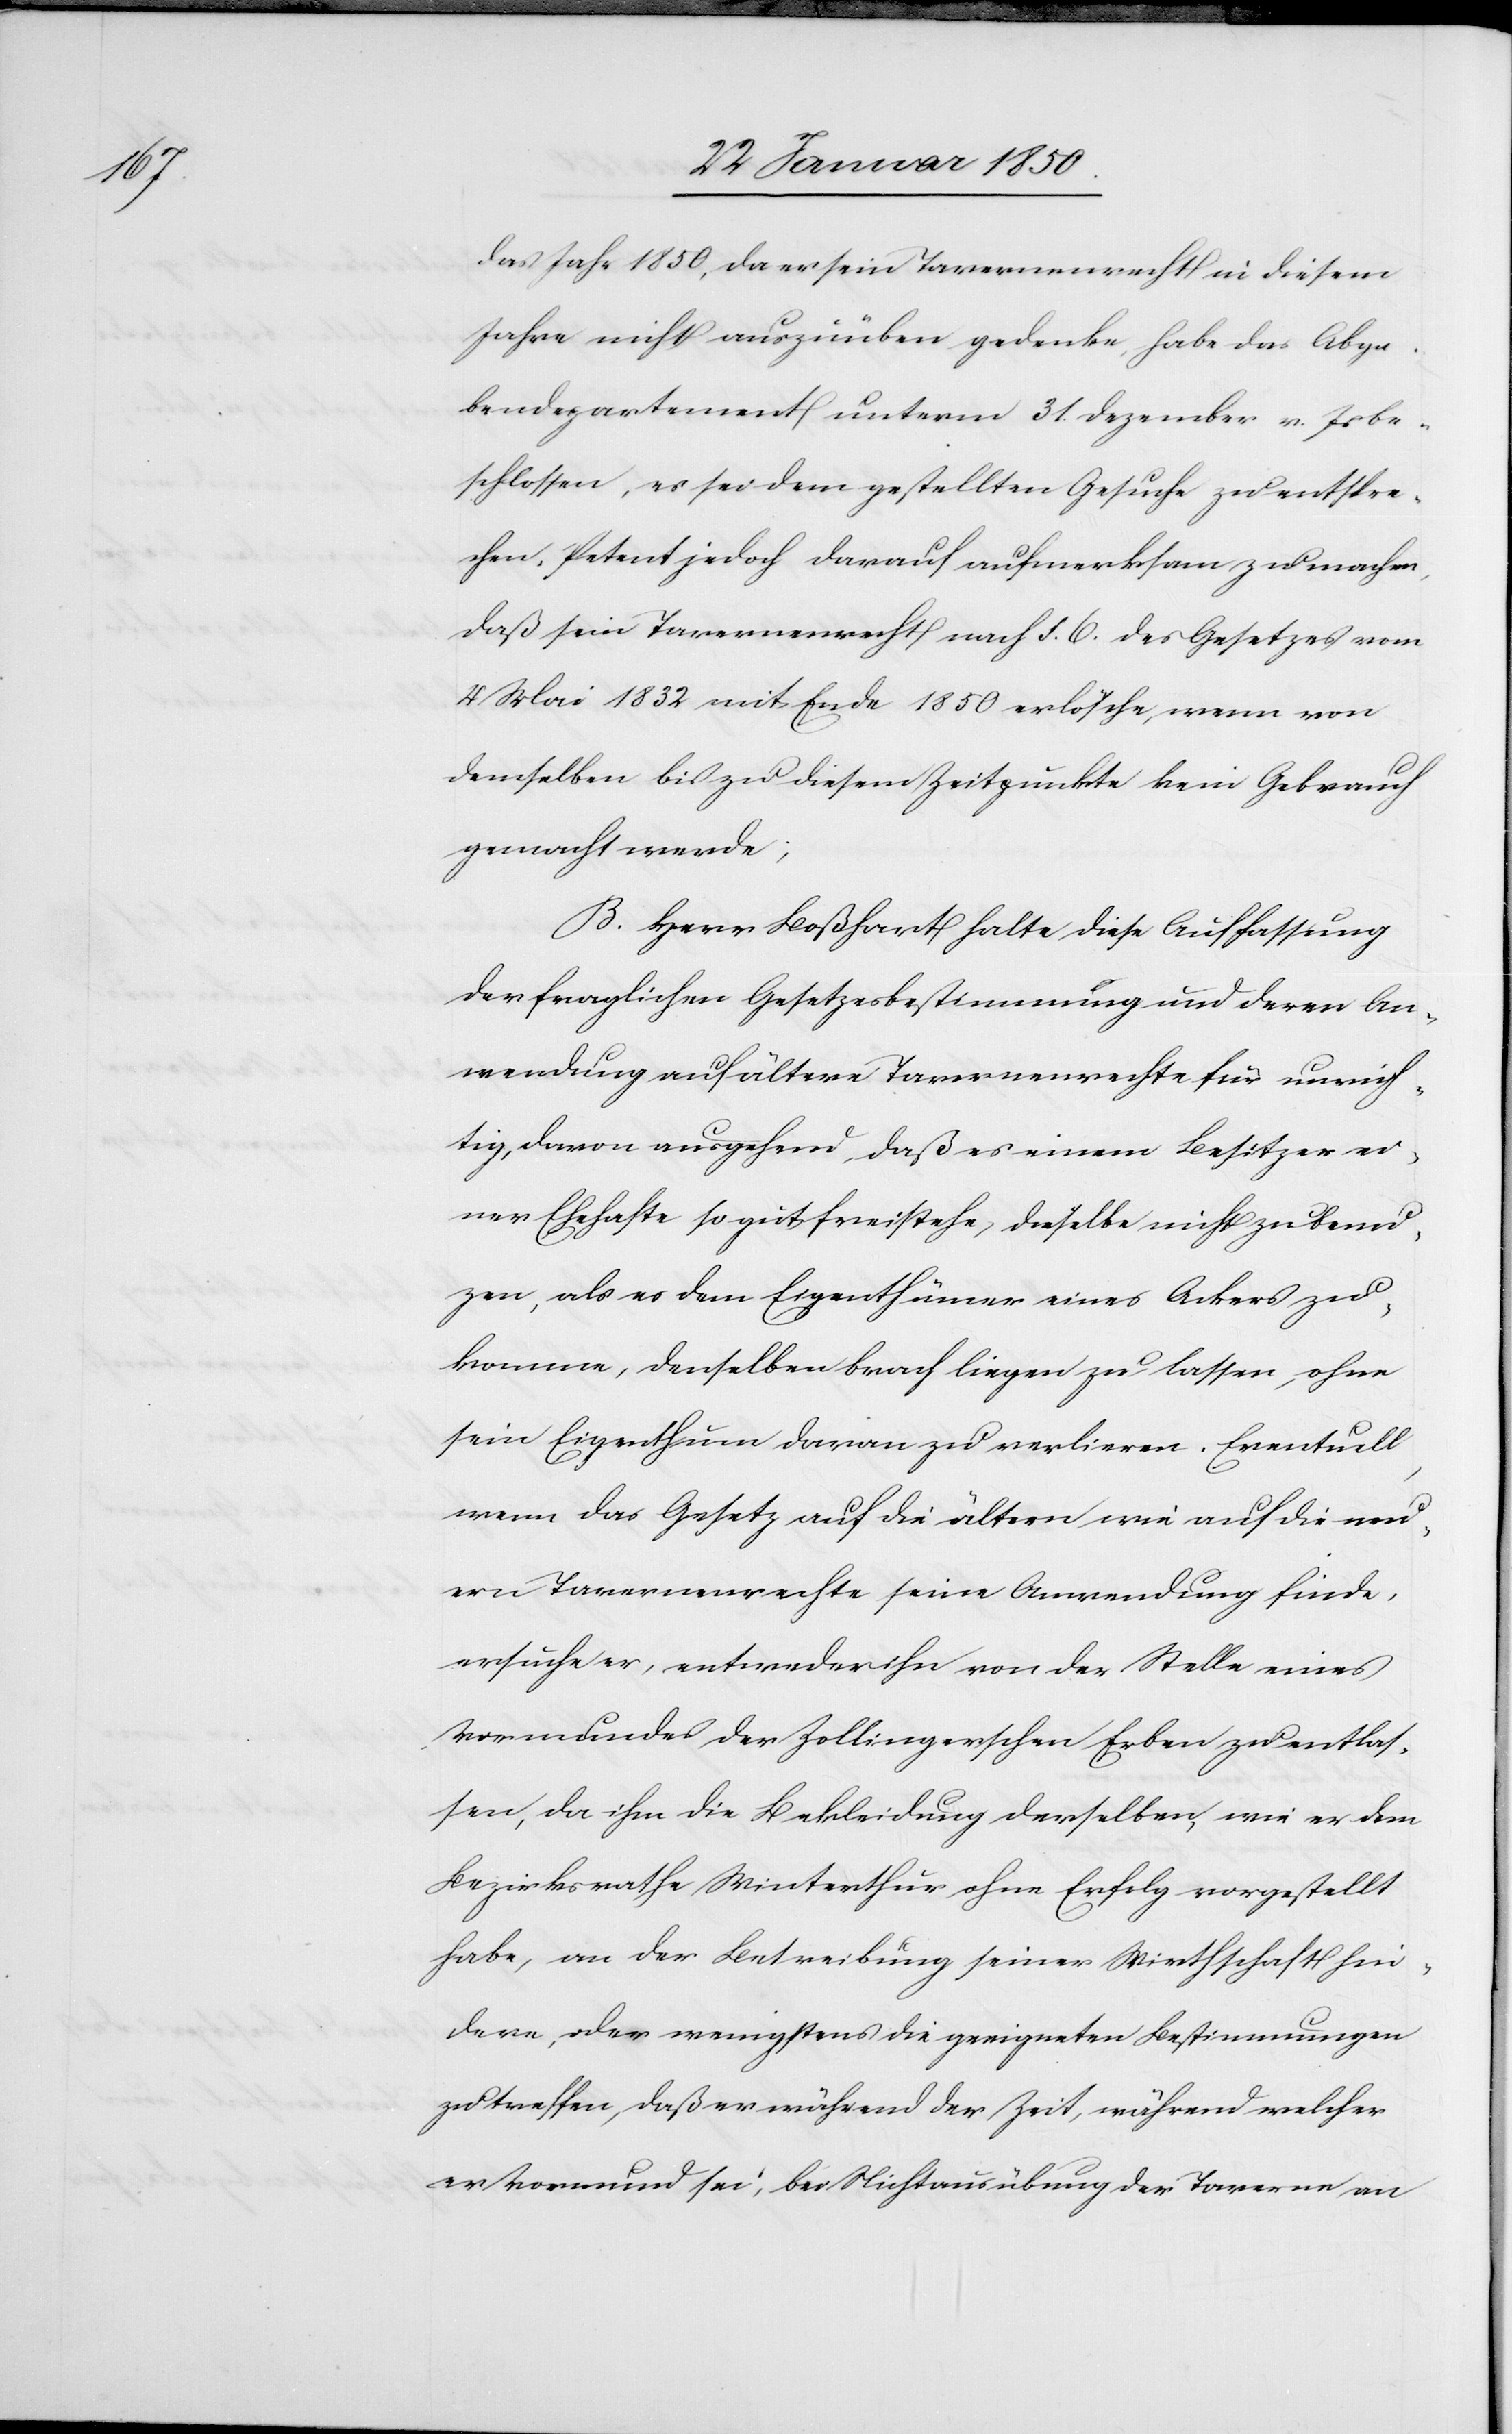
das Jahr 1850, da er sein Tavernenrecht in diesem
Jahre nicht auszuüben gedenke, habe das Abga¬
bendepartement unterm 31. Dezember v. Js be¬
schlossen, es sei dem gestellten Gesuche zu entspre¬
chen, Petent jedoch darauf aufmerksam zu machen,
daß sein Tavernenrecht nach §. 6. des Gesetzes vom
4 Mai 1832 mit Ende 1850 erlösche, wenn von
demselben bis zu diesem Zeitpunkte kein Gebrauch
gemacht werde;
B. Herr Boßhardt halte diese Auffassung
der fraglichen Gesetzesbestimmung und deren An¬
wendung auf ältere Tavernenrechte für unrich¬
tig, davon ausgehend, daß es einem Besitzer ei¬
ner Ehrhafte so gut freistehe, dieselbe nicht zu benu¬
zen, als es dem Eigenthümer eines Ackers zu¬
komme, denselben brach liegen zu lassen, ohne
sein Eigenthum daran zu verlieren. Eventuell,
wenn das Gesetz auf die ältern wie auf die neu¬
ern Tavernenrechte seine Anwendung finde,
ersuche er, entweder ihn von der Stelle eines
Vormundes der Zollingerschen Erben zu entlas¬
sen, da ihm die Bekleidung derselben, wie er dem
Bezirksrathe Winterthur ohne Erfolg vorgestellt
habe, an der Betreibung seiner Wirthschaft hin¬
dere, oder wenigstens die geeigneten Bestimmungen
zu treffen, daß er während der Zeit, während welcher
er Vormund sei, bei Nichtausübung der Taverne an